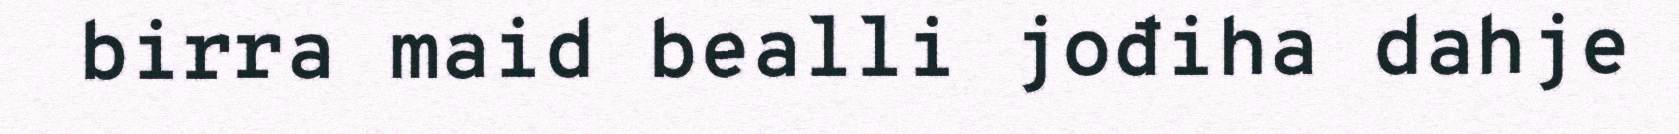
birra maid bealli jođiha dahje